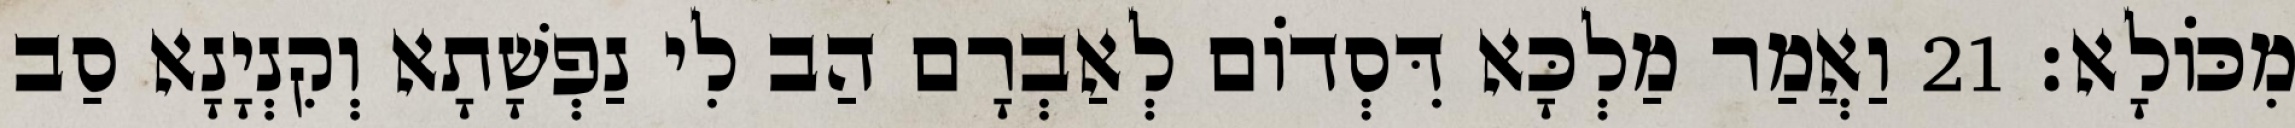
מִכּוֹלָא׃ 21 וַאֲמַר מַלְכָּא דִּסְדוֹם לְאַבְרָם הַב לִי נַפְשָׁתָא וְקִנְיָנָא סַב